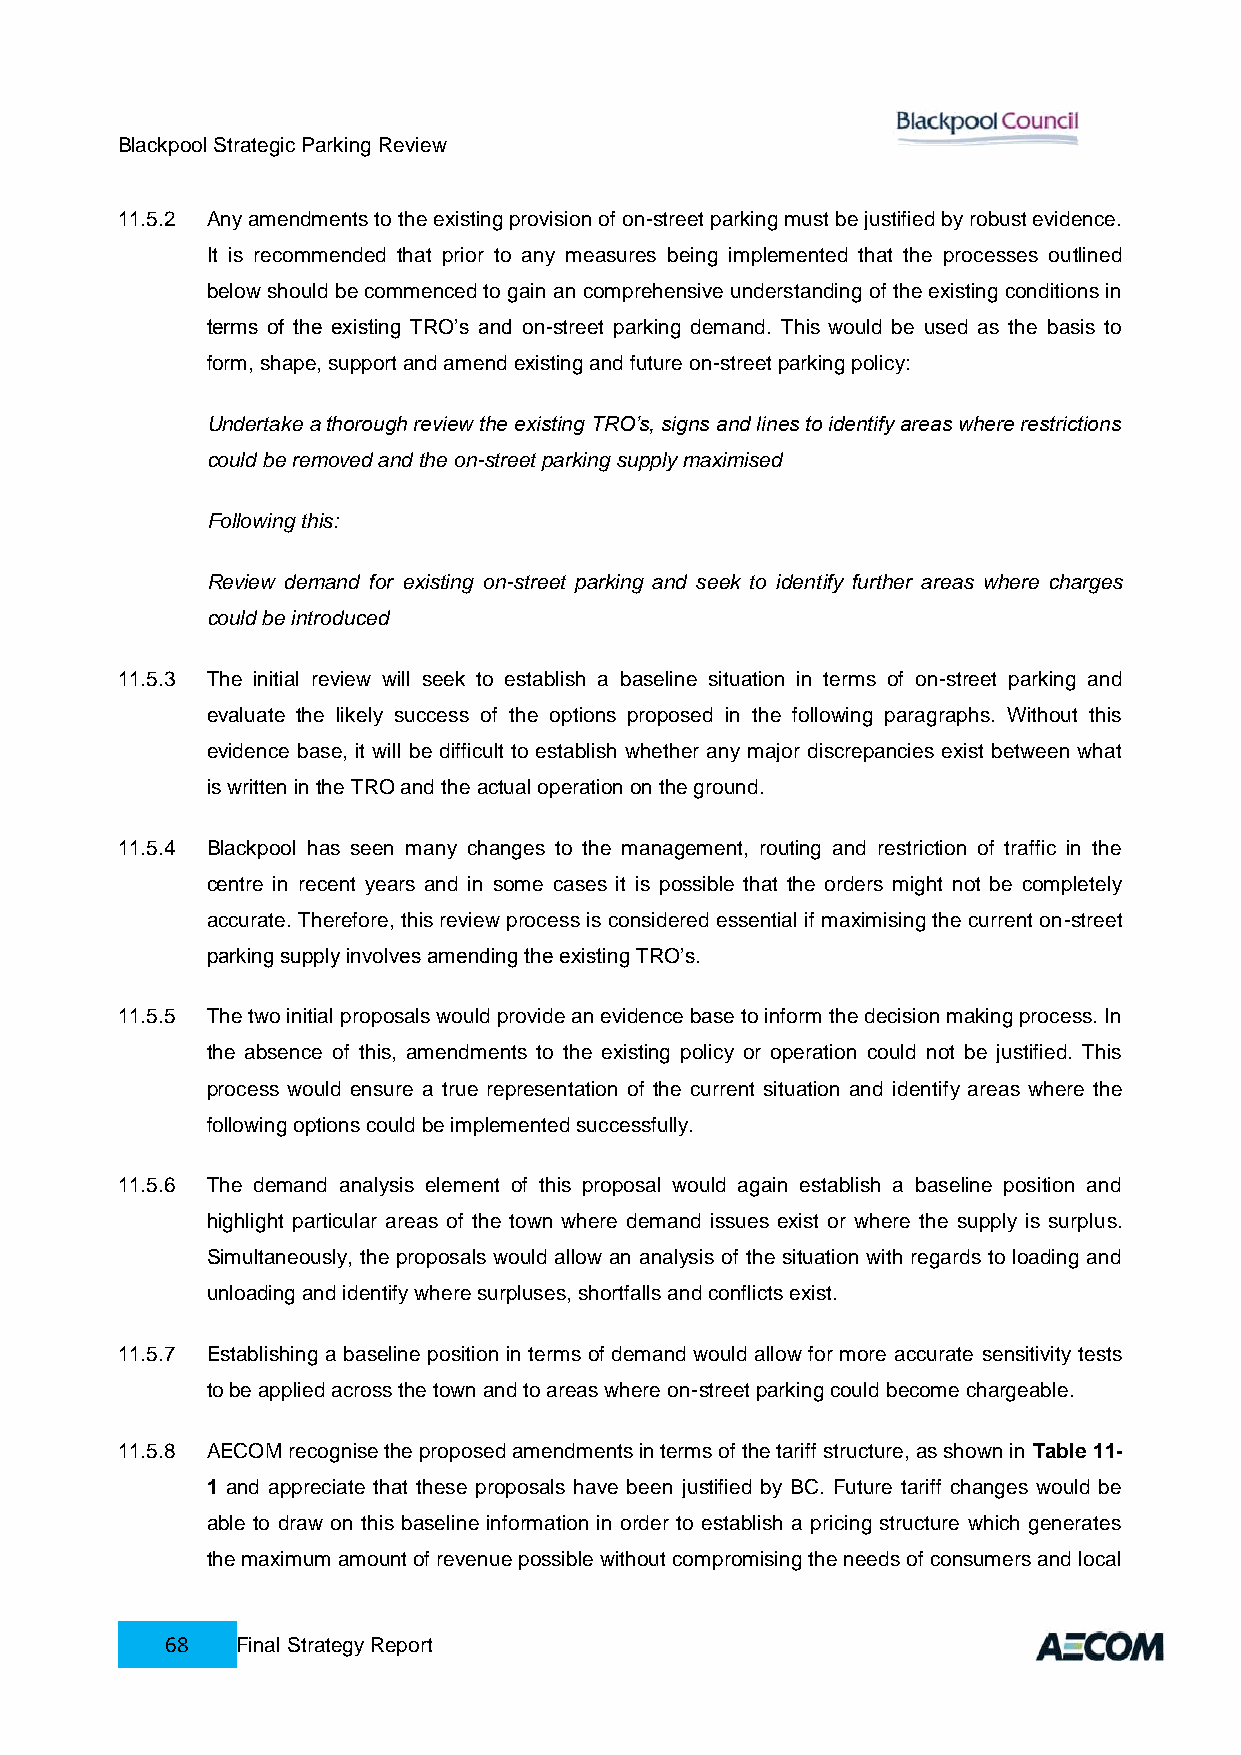
Blackpool Strategic Parking Review
 11.5.2 Any amendments to the existing provision of on-street parking must be justified by robust evidence.
 It is recommended that prior to any measures being implemented that the processes outlined
 below should be commenced to gain an comprehensive understanding of the existing conditions in
 terms of the existing TRO’s and on-street parking demand. This would be used as the basis to
 form, shape, support and amend existing and future on-street parking policy:
 Undertake a thorough review the existing TRO’s, signs and lines to identify areas where restrictions
 could be removed and the on-street parking supply maximised
 Following this:
 Review demand for existing on-street parking and seek to identify further areas where charges
 could be introduced
 11.5.3 The initial review will seek to establish a baseline situation in terms of on-street parking and
 evaluate the likely success of the options proposed in the following paragraphs. Without this
 evidence base, it will be difficult to establish whether any major discrepancies exist between what
 is written in the TRO and the actual operation on the ground.
 11.5.4 Blackpool has seen many changes to the management, routing and restriction of traffic in the
 centre in recent years and in some cases it is possible that the orders might not be completely
 accurate. Therefore, this review process is considered essential if maximising the current on-street
 parking supply involves amending the existing TRO’s.
 11.5.5 The two initial proposals would provide an evidence base to inform the decision making process. In
 the absence of this, amendments to the existing policy or operation could not be justified. This
 process would ensure a true representation of the current situation and identify areas where the
 following options could be implemented successfully.
 11.5.6 The demand analysis element of this proposal would again establish a baseline position and
 highlight particular areas of the town where demand issues exist or where the supply is surplus.
 Simultaneously, the proposals would allow an analysis of the situation with regards to loading and
 unloading and identify where surpluses, shortfalls and conflicts exist.
 11.5.7 Establishing a baseline position in terms of demand would allow for more accurate sensitivity tests
 to be applied across the town and to areas where on-street parking could become chargeable.
 11.5.8 AECOM recognise the proposed amendments in terms of the tariff structure, as shown in Table 11-
 1 and appreciate that these proposals have been justified by BC. Future tariff changes would be
 able to draw on this baseline information in order to establish a pricing structure which generates
 the maximum amount of revenue possible without compromising the needs of consumers and local
 68   Final Strategy Report